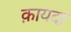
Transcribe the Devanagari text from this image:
क़ायदा